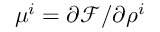
\mu ^ { i } = \partial \mathcal F / \partial \rho ^ { i }